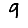
Digit: 9